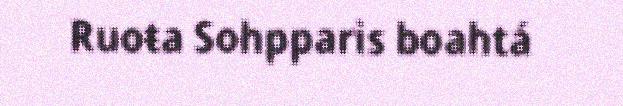
Ruoŧa Sohpparis boahtá